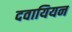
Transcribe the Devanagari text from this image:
दवायियन